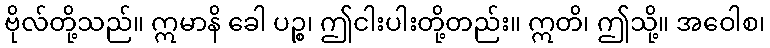
ဗိုလ်တို့သည်။ ဣမာနိ ခေါ ပဉ္စ၊ ဤငါးပါးတို့တည်း။ ဣတိ၊ ဤသို့။ အဝေါစ၊